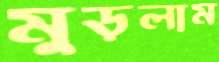
মুড়লাম